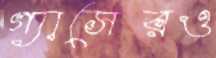
গ্যাসেরও